Report on malaria in the Punjab during the year ...  together with an account of the work of the Punjab Malaria Bureau - Volume 6
Disease focus: Malaria
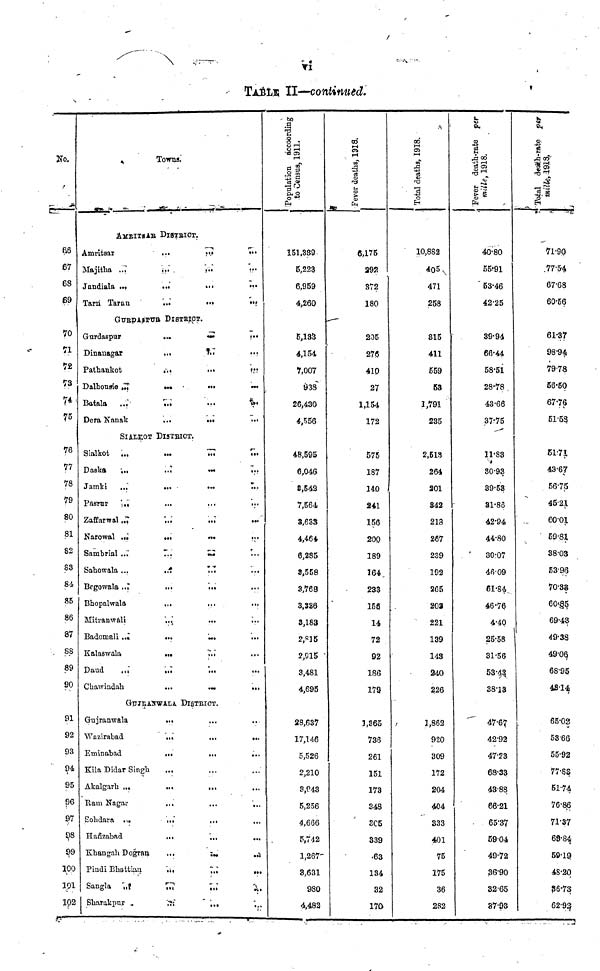
TABLE II—continued.
66
67
68
69
70
7
72
73
74
75
76
77
78
79
80
81
82
S3
84
85
86
87
88
89
90
91
92
93
94
95
96
97
98
99
100
101
102
Towns
AMRITSAR DISTRICT
Amritsar
Majitha ...
Jandiala ...
Tarn Taran
...
...
...
...
...
GURDASPUR DISTRICT.
Gurdaspur
Dinanagar
Pathankot
Dalhousie ...
Batala
...
Dera Nanak
...
...
...
...
...
SIALKOT DlSTRICT.
Sialkot
...
Daska
...
Jamki
...
Pasrur
...
Zaffarwal ...
Narowal ...
Sambrial ...
Sahowala ...
Begowala ...
Bhopalwala
Mitranwali
Badomali ...
Kalaswala
Daud
...
Chawindah
...
...
...
...
...
...
...
...
...
...
...
...
...
...
...
...
...
...
...
...
...
...
...
...
...
...
...
...
...
...
...
GUJEASNWALA DISTRICT.
Gujranwala
Wazirabad
Eminabad
Kila Didar Singh.
Akalgarh ...
Ram Nagar
Sohda
...
Hafizabad
Khangah Dograu
Pindi Bhatti
Sangla
...
Sharakpur
...
...
...
...
...
...
...
...
...
...
...
...
...
...
...
...
...
...
...
...
...
...
...
...
...
...
...
...
...
...
...
...
...
...
...
...
...
...
...
...
...
...
...
...
...
....
...
...
...
...
...
...
...
151.339
5,223
6,959
4,260
5,133
4,154
7,007
938
26,430
4,556
48,595
6,046
8,542
7,564
3,633
4,464
6,285
3,558
3,768
3,336
3,183
2,815
2,915 "
3,481
4,695
28,637
17,146
5,526
2,210
3,943
5,256
4,666
5,742
1,267
3,631
980
4,482
Fever deaths, 191
6,175
392
372
180
205
276
410
27
1,154
172
575
187
140
241
156
200
189
164,
233
156
14
72
92
186
179
1,365
736
261
151
173
348
3C5
339
.63
134
32
170
00
Total deaths, 191
10,882
405
471
258
315
411
559
53
1,791
235
2,513
264
201
342
218
267
239
192
265
203
221
139
143
240
226
1,862
920
309
172
204
404
333
401
75
175
36
282
Fever deat
40.80
55.91
53.46
42.25
39.94
66.44
58.51
28.78
43.66
37.75
11.83
30.93
39.53
31.86
42.94
44.80
30.07
46.09
61.84.
46.76
4.40
25.58
31.56
53.43
38.13
47.67
42.92
47.23
68.33
43.88
66.21
65.37
59.04
49.72
36.90
32.65
37-93
71.90
77.54
67.68
60.56
61.37
98.94
79.78
56.50
67.76
51.53
51.71
43.67
56.75
45.21
60.01
59.81
38.03
53.96
70.33
60.85
69.43
49.38
49.06
68.95
48.14
65.02
5366
55.92
77.83
51.74
76.86
71.37
68.84
50.19
48.20
36.73
62.92